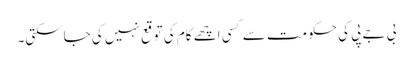
بی جے پی کی حکومت سے کسی اچھے کام کی توقع نہیں کی جاسکتی۔